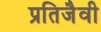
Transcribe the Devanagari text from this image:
प्रतिजैवी